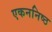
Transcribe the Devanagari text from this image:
एकननिष्ठ